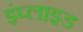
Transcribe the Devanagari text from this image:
इंप्लाइड